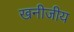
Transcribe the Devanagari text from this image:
खनीजीय